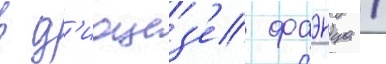
в д'иоцез'е фаэнца /